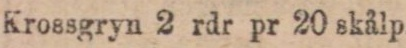
Krossgryn 2 rdr pr 20 skålp.